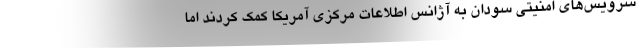
سرویس‌های امنیتی سودان به آژانس اطلاعات مرکزی آمریکا کمک کردند اما